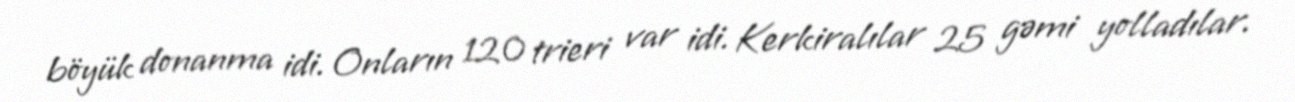
böyük donanma idi. Onların 120 trieri var idi. Kerkiralılar 25 gəmi yolladılar.